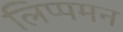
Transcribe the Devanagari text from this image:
लिप्पमन